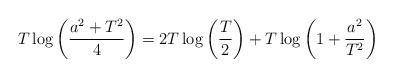
LaTeX: \begin{align*} T\log\left(\frac{a^2+T^2}{4}\right)=2T\log \left(\frac{T}{2}\right)+T\log \left(1+\frac{a^2}{T^2}\right) \end{align*}